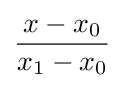
{\frac {x-x_{0}}{x_{1}-x_{0}}}